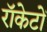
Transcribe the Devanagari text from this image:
राॅकेटों